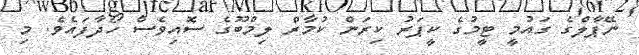
ނޭޕާލްގެ ގައުމީ ޓީމުގެ ކީޕަރު ކިރަން ކުމާރް ލިމްބޫގެ ސޮއިވެސް ހޯދާފައެވެ. މި